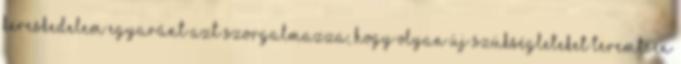
kereskedelem egyaránt azt szorgalmazza, hogy olyan új szükségleteket teremtsen